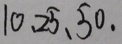
1 0 , 2 5 , 5 0 .